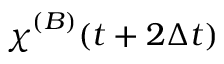
{ \chi \smash [ t ] { \mathstrut } } ^ { ( B ) } ( t + 2 \Delta t )